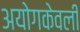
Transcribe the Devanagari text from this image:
अयोगकेवली